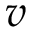
v